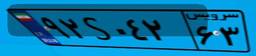
۰۶S۹۴۲۸۹